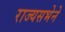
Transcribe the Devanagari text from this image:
राज्यसभेने